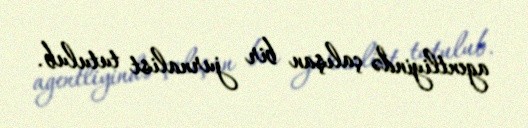
agentliyində çalışan bir jurnalist tutulub.